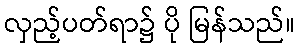
လှည့်ပတ်ရာ၌ ပို မြန်သည်။